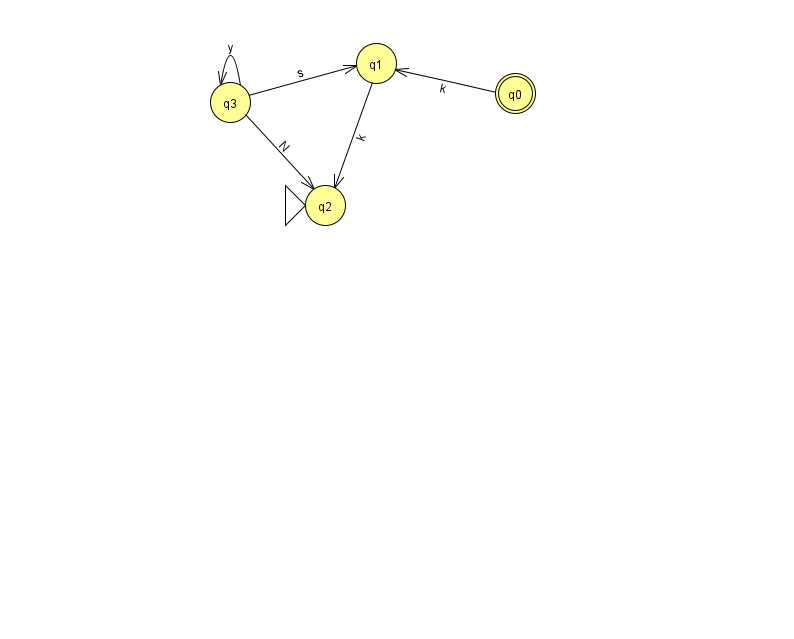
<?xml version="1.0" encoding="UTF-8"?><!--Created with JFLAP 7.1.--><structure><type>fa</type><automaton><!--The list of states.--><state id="0" name="q0"><x>515.0</x><y>80.0</y><final/></state><state id="1" name="q1"><x>376.0</x><y>50.0</y></state><state id="2" name="q2"><x>325.0</x><y>192.0</y><initial/></state><state id="3" name="q3"><x>230.0</x><y>89.0</y></state><!--The list of transitions.--><transition><from>3</from><to>1</to><read>s</read></transition><transition><from>0</from><to>1</to><read>k</read></transition><transition><from>3</from><to>3</to><read>y</read></transition><transition><from>1</from><to>2</to><read>k</read></transition><transition><from>3</from><to>2</to><read>N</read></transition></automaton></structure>